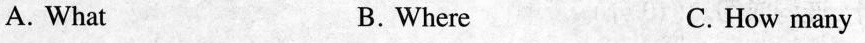
A. What B.Where C. How many